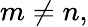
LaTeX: m\neq n,